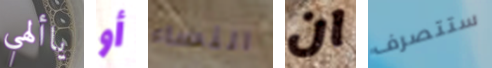
ياألهي أو النساء ان ستتصرف